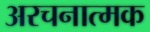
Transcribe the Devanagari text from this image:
अरचनात्मक